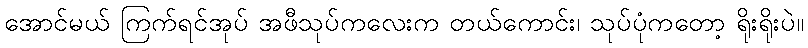
အောင်မယ် ကြက်ရင်အုပ် အဖီသုပ်ကလေးက တယ်ကောင်း၊ သုပ်ပုံကတော့ ရိုးရိုးပဲ။